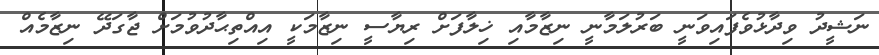
ނަޝީދު ވިދާޅުވެފައިވަނީ ބަރުލަމާނީ ނިޒާމާއި ޚިލާފަށް ރިޔާސީ ނިޒާމަކީ އިއްތިޙާދުވުމަށް ޖާގަދޭ ނިޒާމެއް